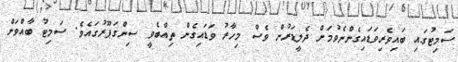
ސަމިޓުގައި ބައިވެރިވަޑައިގެންނެވުމަށް ދެލީޑަރުން ވެސް މިހާރު ވަަޑައިގެން ތިއްބެވީ ސިންގަޕޫރުގައެވެ. ސަމިޓު ބާއްވަން